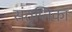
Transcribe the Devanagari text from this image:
संतृप्तिका